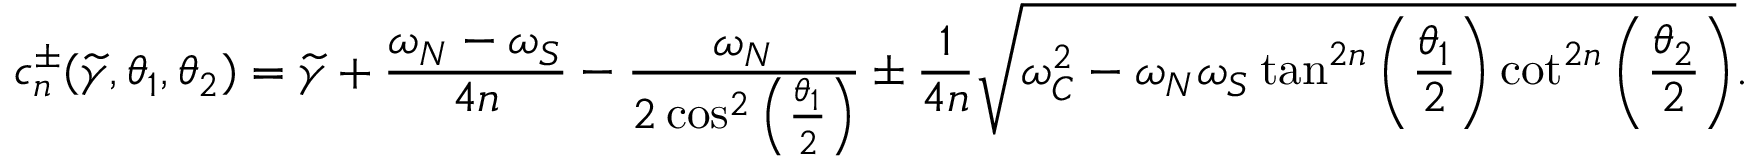
c _ { n } ^ { \pm } ( \widetilde { \gamma } , \theta _ { 1 } , \theta _ { 2 } ) = \widetilde { \gamma } + \frac { \omega _ { N } - \omega _ { S } } { 4 n } - \frac { \omega _ { N } } { 2 \cos ^ { 2 } \left( \frac { \theta _ { 1 } } { 2 } \right) } \pm \frac { 1 } { 4 n } \sqrt { \omega _ { C } ^ { 2 } - \omega _ { N } \omega _ { S } \tan ^ { 2 n } \left( \frac { \theta _ { 1 } } { 2 } \right) \cot ^ { 2 n } \left( \frac { \theta _ { 2 } } { 2 } \right) } .